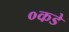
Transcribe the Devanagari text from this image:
०कडे